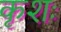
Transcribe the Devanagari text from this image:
कृशः